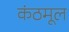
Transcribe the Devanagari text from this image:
कंठमूल